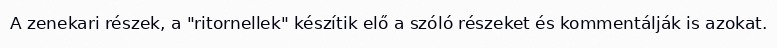
A zenekari részek, a "ritornellek" készítik elő a szóló részeket és kommentálják is azokat.